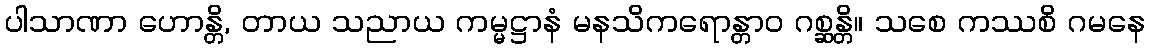
ပါသာဏာ ဟောန္တိ, တာယ သညာယ ကမ္မဋ္ဌာနံ မနသိကရောန္တာဝ ဂစ္ဆန္တိ။ သစေ ကဿစိ ဂမနေ